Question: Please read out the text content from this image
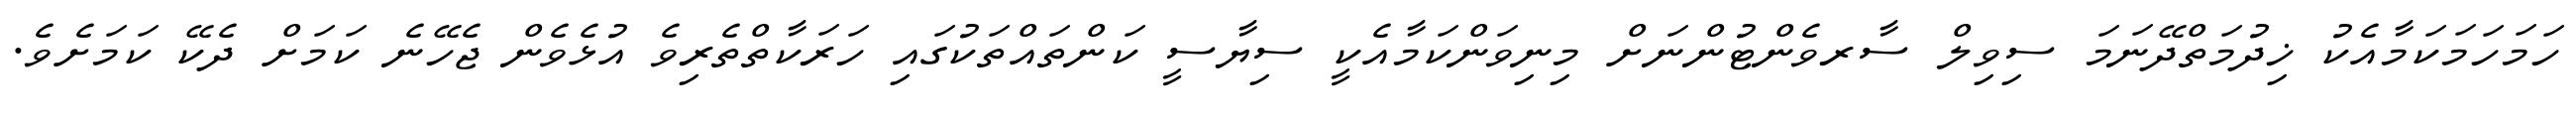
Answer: ހަމަހަމަކަމާއެކު ޚިދުމަތްދޭނަމަ ސިވިލް ސާރވެންޓުންނަށް މިނިވަންކަމާއެކީ ސިޔާސީ ކަންތައްތަކުގައި ހަރަކާތްތެރިވެ އުޅެވެން ޖެހޭނެ ކަމަށް ދެކޭ ކަމަށެވެ.